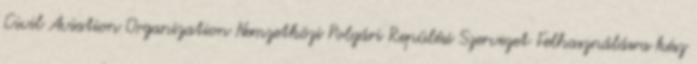
Civil Aviation Organization Nemzetközi Polgári Repülési Szervezet Felhasználásra kész